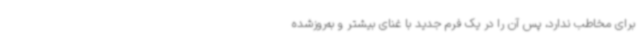
برای مخاطب ندارد، پس آن را در یک فرم جدید با غنای بیشتر و به‌روزشده